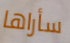
سأراها